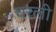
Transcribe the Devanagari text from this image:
चरली